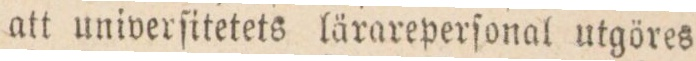
att univerſitetets lärareperſonal utgöres